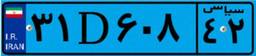
۳۱D۶۰۸۴۲